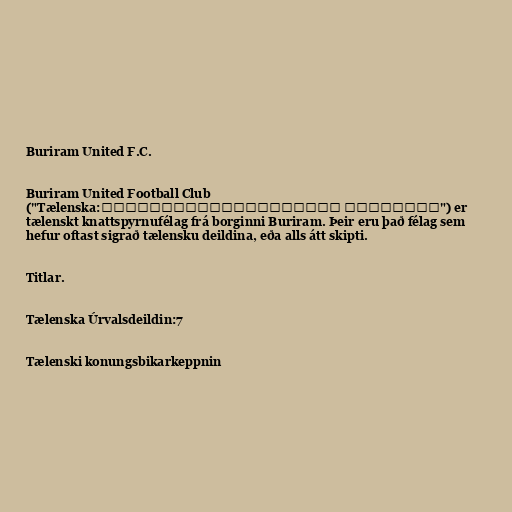
Buriram United F.C.

Buriram United Football Club
("Tælenska:สโมสรฟุตบอลบุรีรัมย์ ยูไนเต็ด") er
tælenskt knattspyrnufélag frá borginni Buriram. Þeir eru það félag sem
hefur oftast sigrað tælensku deildina, eða alls átt skipti.

Titlar.

Tælenska Úrvalsdeildin:7

Tælenski konungsbikarkeppnin